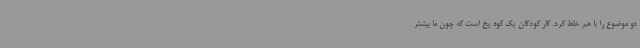
دو موضوع را با هم خلط کرد. کار کودکان یک کوه یخ است که چون ما بیشتر